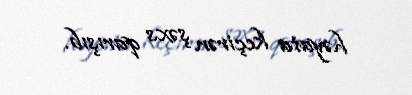
həyata keçirən şəxs qarışıb.